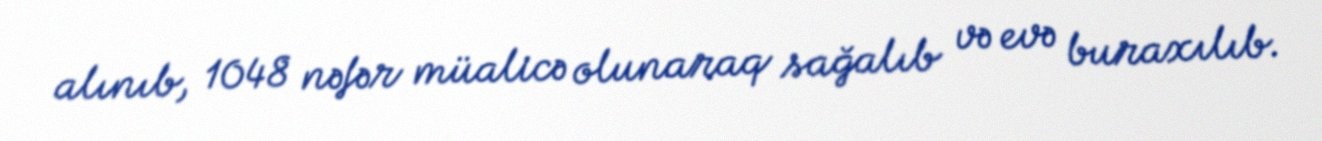
alınıb, 1048 nəfər müalicə olunaraq sağalıb və evə buraxılıb.